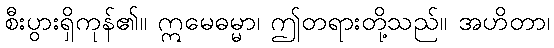
စီးပွားရှိကုန်၏။ ဣမေဓမ္မာ၊ ဤတရားတို့သည်။ အဟိတာ၊